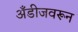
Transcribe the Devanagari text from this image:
अँडीजवरून